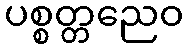
ပစ္စတ္တညေဝ